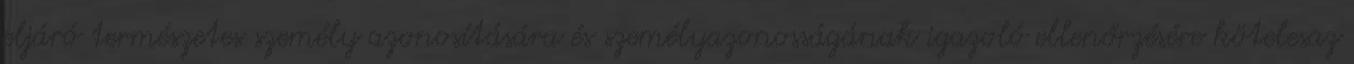
eljáró természetes személy azonosítására és személyazonosságának igazoló ellenőrzésére kötelesaz